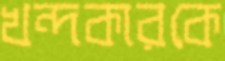
খন্দকারকে